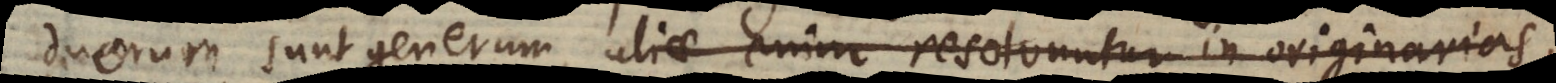
duorum sunt generum, aliae enim resolvuntur in originarias,